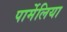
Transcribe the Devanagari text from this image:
पार्मेलिया